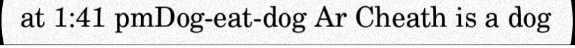
at 1:41 pmDog-eat-dog Ar Cheath is a dog